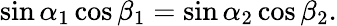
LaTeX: \sin\alpha_{1}\cos\beta_{1}=\sin\alpha_{2}\cos\beta_{2}.